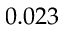
0 . 0 2 3